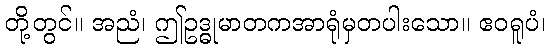
တို့တွင်။ အညံ၊ ဤဥဒ္ဓုမာတကအာရုံမှတပါးသော။ ဧဝရူပံ၊